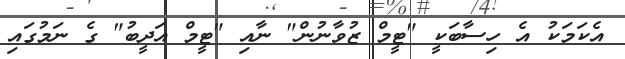
އެކަމަކު އެ ހިސާބަކީ "ޓީމް ޒުވާނުން" ނާއި "ޓީމް އަދީބު" ގެ ނަމުގައި